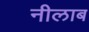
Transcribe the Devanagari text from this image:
नीलाब